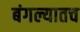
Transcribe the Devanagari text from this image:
बंगल्यातच